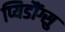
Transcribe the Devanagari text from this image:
प्यिडौंग्सु